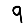
Digit: 9